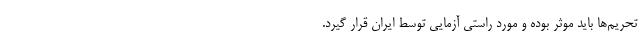
تحریم‌ها باید موثر بوده و مورد راستی آزمایی توسط ایران قرار گیرد.